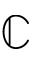
\mathbb { C }